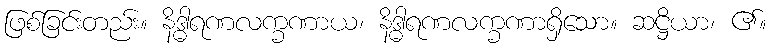
ဖြစ်ခြင်းတည်း။ နိဒ္ဓါရဏလက္ခဏာယ၊ နိဒ္ဓါရဏလက္ခဏာရှိသော။ ဆဋ္ဌိယာ၊ ၏။